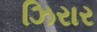
ઝિરાર